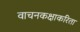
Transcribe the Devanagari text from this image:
वाचनकक्षाकरिता